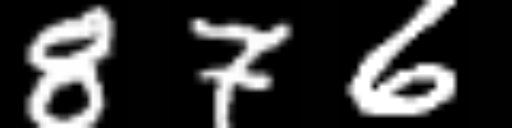
Text: 876